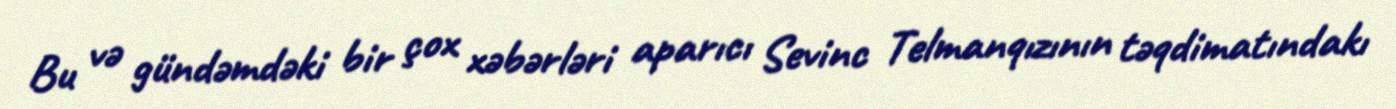
Bu və gündəmdəki bir çox xəbərləri aparıcı Sevinc Telmanqızının təqdimatındakı